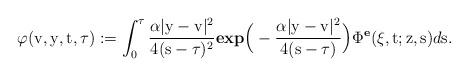
LaTeX: \begin{align*}\varphi(\mathrm{v},\mathrm{y},\mathrm{t}, \tau) := \displaystyle\int_{0}^{\tau}\dfrac{\alpha |\mathrm{y}-\mathrm{v}| ^2}{4(\mathrm{s}-\tau)^2}\textbf{exp}\Big(-\dfrac{\alpha|\mathrm{y}-\mathrm{v}| ^2}{4(\mathrm{s}-\tau)}\Big)\Phi^{\textbf{e}}(\xi,\mathrm{t};\mathrm{z},\mathrm{s})d\mathrm{s}.\end{align*}